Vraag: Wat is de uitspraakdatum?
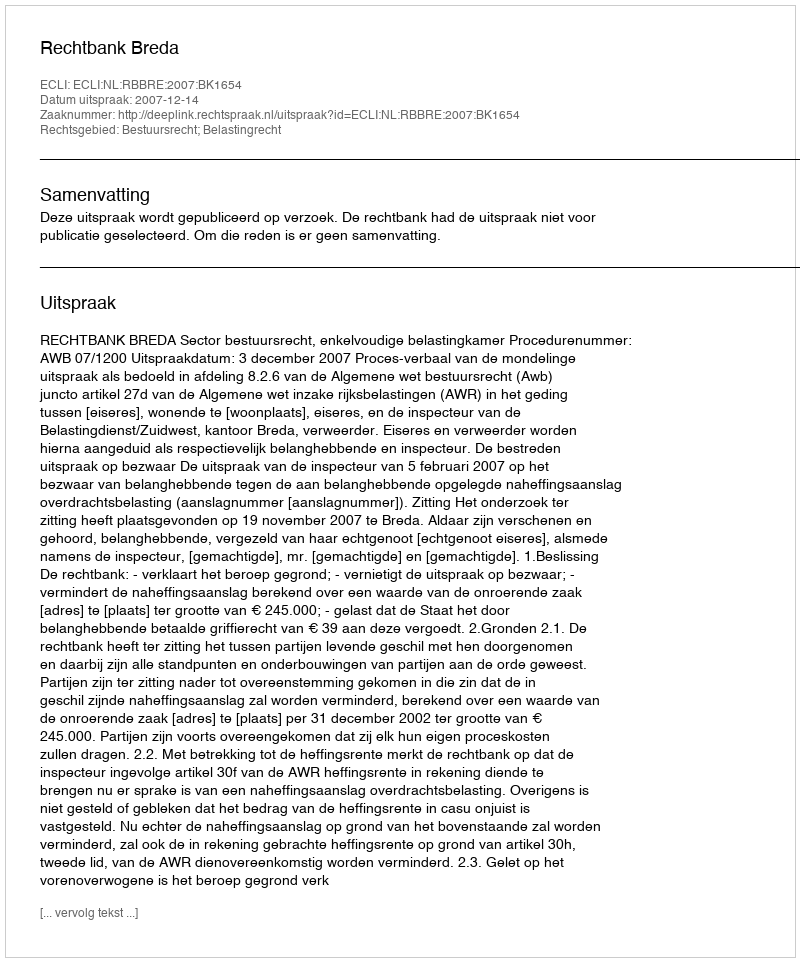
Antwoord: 2007-12-14